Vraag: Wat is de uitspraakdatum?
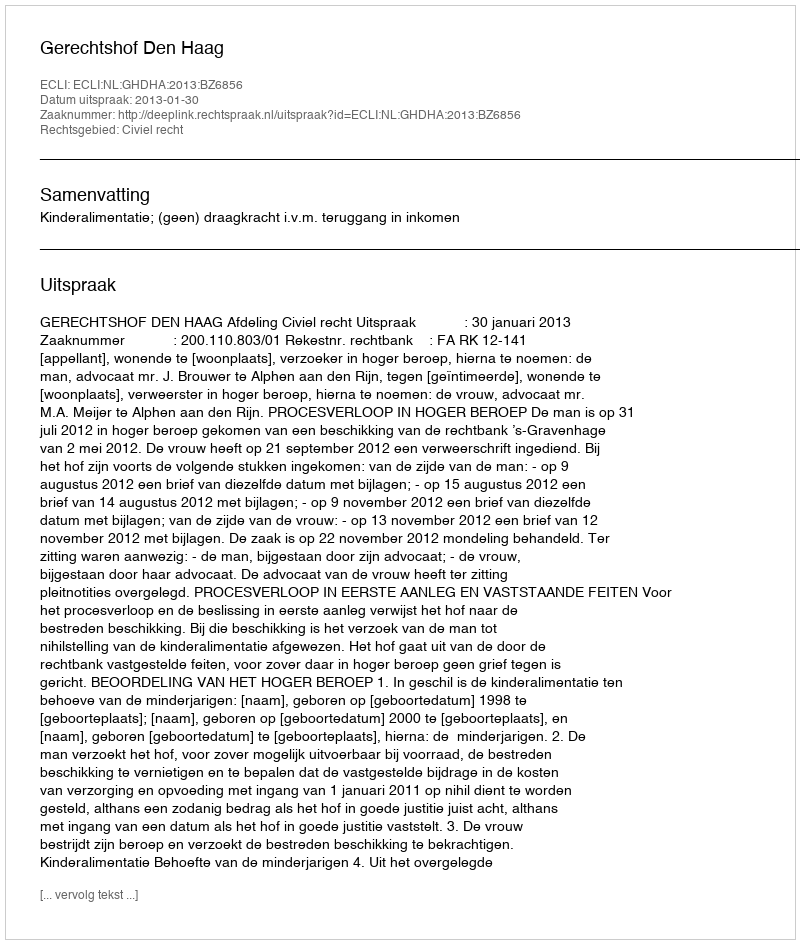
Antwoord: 2013-01-30